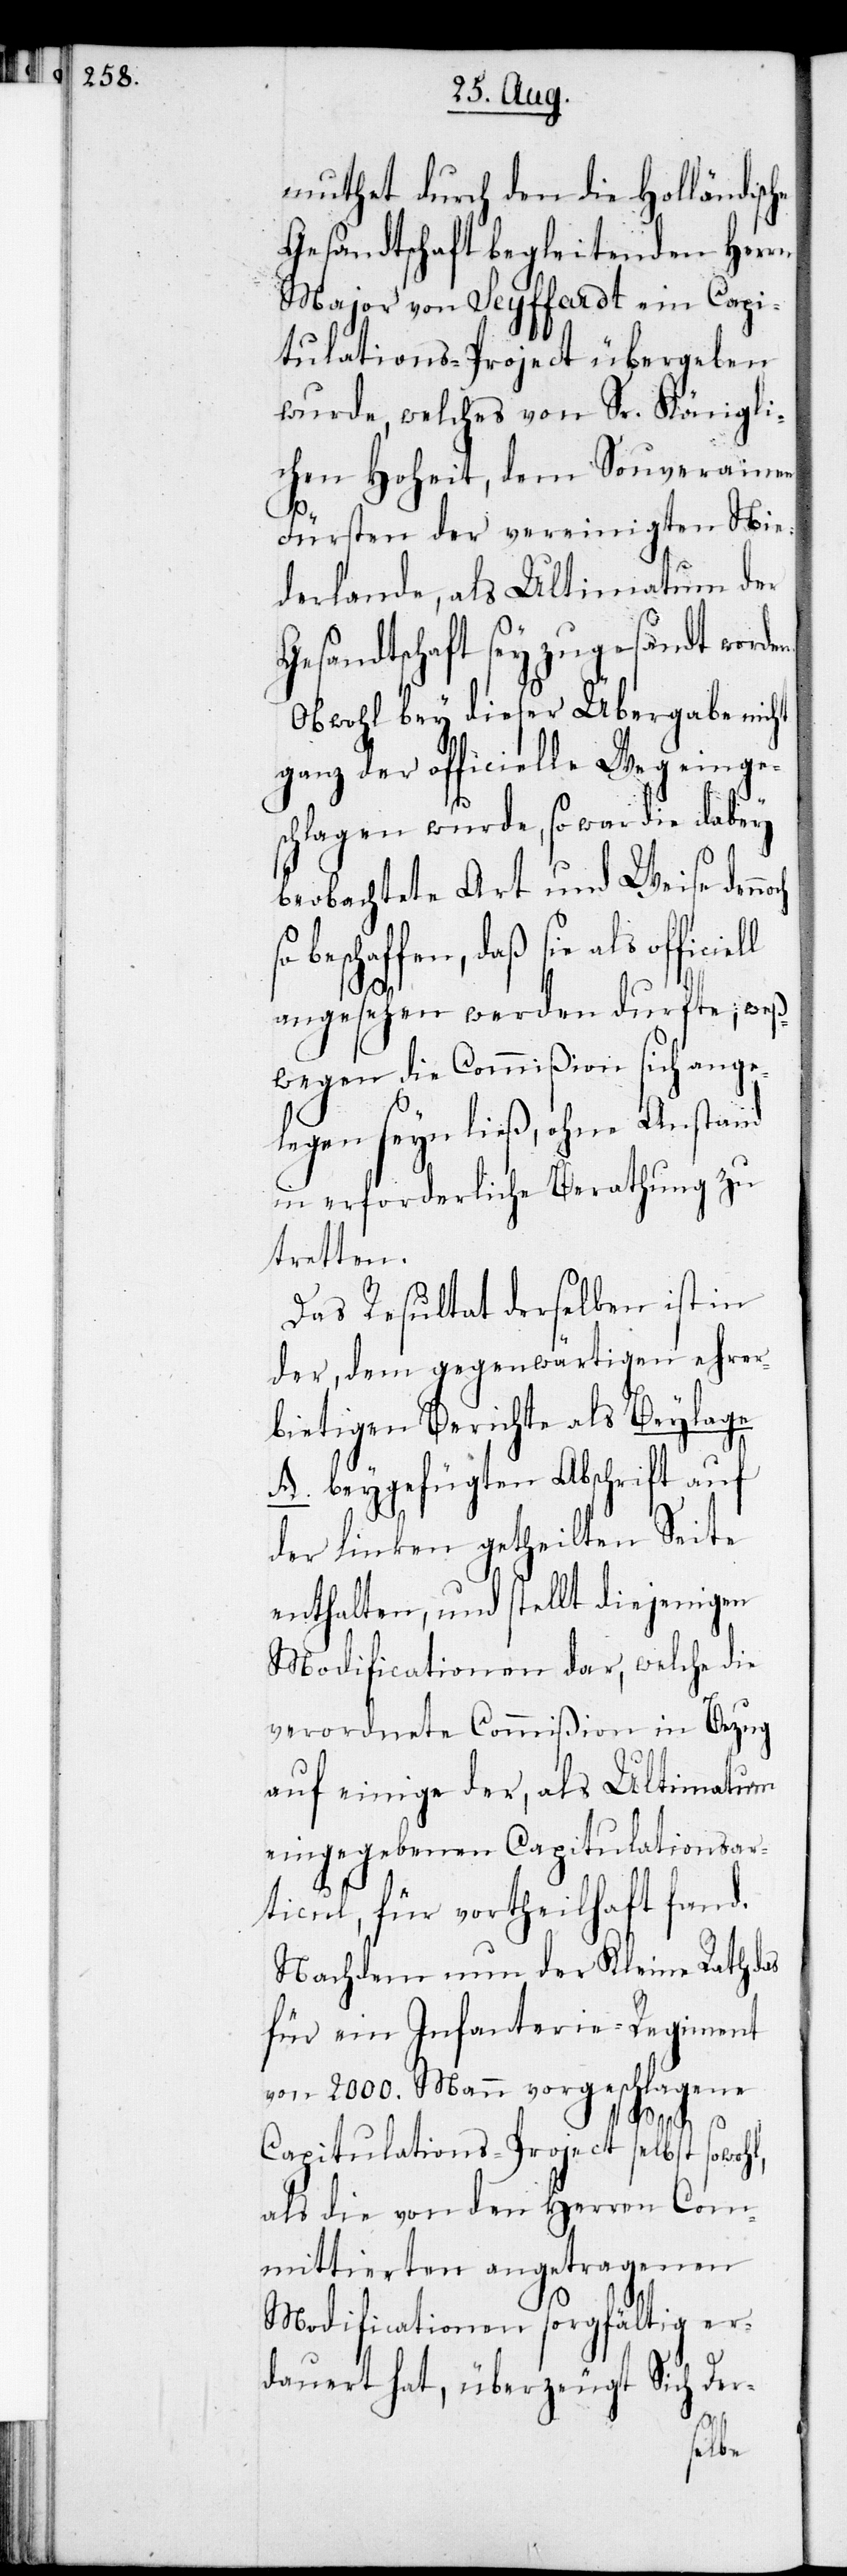
muthet durch den die Holländische
Gesandtschaft begleitenden Herrn
Major von Seyffardt ein Capi¬
tulations-Project übergeben
wurde, welches von Sr. Königli¬
chen Hoheit, dem Souverainen
Fürsten der vereinigten Nie¬
derlande, als Ultimatum der
Gesandtschaft sey zugesandt worde¬
Obwohl bey dieser Übergabe nicht
ganz der officielle Weg einge¬
schlagen wurde, so war die dabey
beobachtete Art und Weise den¬
eschaffen, daß sie als
angesehen werden durfte, weß¬
wegen die Commißion sich ange¬
legen seyn ließ, ohne Anstand
in erforderliche Berathung zu
tretten.
Das Resultat derselben ist in
der, dem gegenwärtigen ehrer¬
bietigen Bericht als Beylage
A. beygefügten Abschrift auf
der linken getheilten Seite
enthalten, und stellt diejenigen
Modificationen dar, welche die
verordnete Commißion in Bezug
auf einige der, als Ultimatum
eingegebenen Capitulationsar¬
ticul, für vortheilhaft fand.
Nachdem nun der Kleine Rath das
für ein Infanterie-Regiment
von 2000. Mann vorgeschlagene
noch so b¬
Capitulations-Project selbst sowohl,
als die von den Herren Com¬
mittierten angetragenen
Modificationen sorgfältig er¬
dauert hat, überzeugt Sich Der-
n.